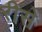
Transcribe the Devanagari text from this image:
रीसे